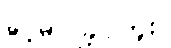
ခွင့်မပြုခဲ့ပါဘူး။